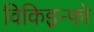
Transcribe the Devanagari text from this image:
विकिइन्फो